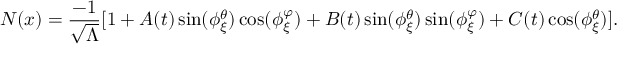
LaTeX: N ( x ) = \frac { - 1 } { \sqrt { \Lambda } } [ 1 + A ( t ) \sin ( \phi _ { \xi } ^ { \theta } ) \cos ( \phi _ { \xi } ^ { \varphi } ) + B ( t ) \sin ( \phi _ { \xi } ^ { \theta } ) \sin ( \phi _ { \xi } ^ { \varphi } ) + C ( t ) \cos ( \phi _ { \xi } ^ { \theta } ) ] .